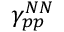
\gamma _ { p p } ^ { N N }